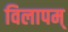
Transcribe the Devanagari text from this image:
विलापम्